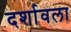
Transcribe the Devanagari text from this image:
दर्शावला